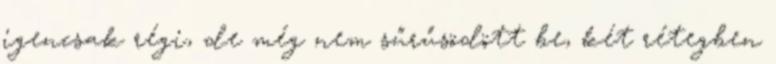
igencsak régi, de még nem sűrűsödött be, két rétegben